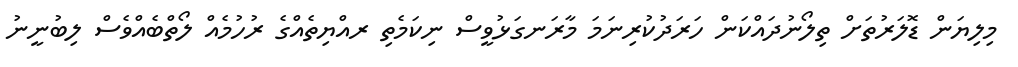
މިލިޔަން ޑޮލަރުތަށް ތިލޯނުދައްކަން ހަރަދުކުރިނަމަ މާރަނގަޅުވީސް ނިކަމެތި ރއްޔިތެއްގެ ރުހުމެއް ލޯތްބެއްވެސް ލިބުނީނު